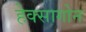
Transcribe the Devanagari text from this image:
हेक्सागोन